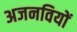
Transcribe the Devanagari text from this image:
अजनवियों